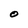
Character: O